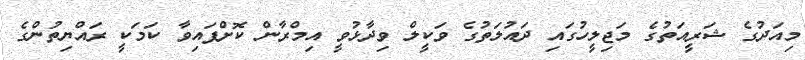
މިއަދުގެ ޝަރީއަތުގެ މަޖިލީހުގައި ދައުލަތުގެ ވަކީލް ވިދާޅުވީ އިމްރާން ކޮށްފައިވާ ކަމަކީ ރައްޔިތުންގެ